Indian Medical Review
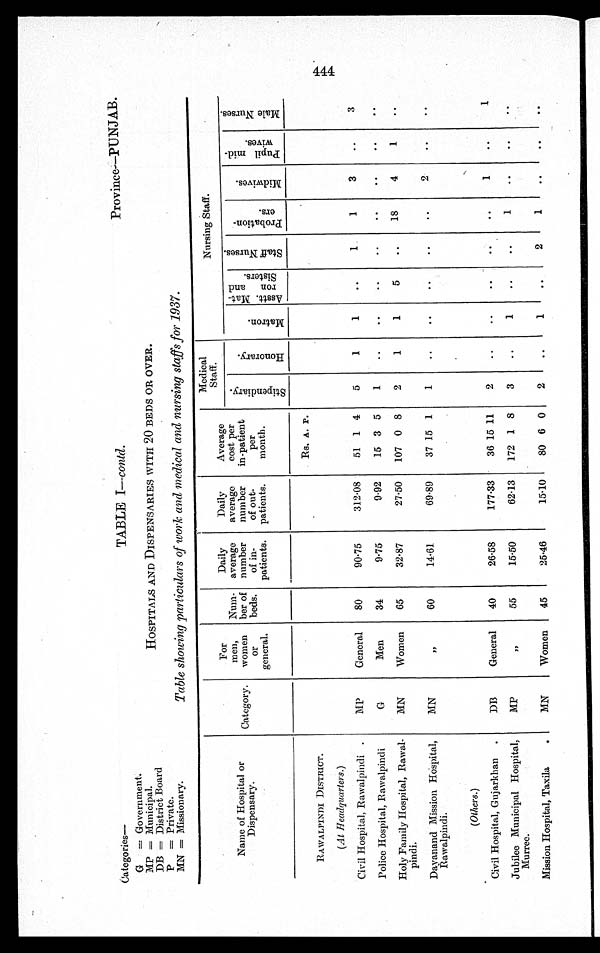
Province—PUNJAB.
Categories
—
G = Government.
MP = Municipal.
DB = District Board
P = Private.
MN = Missionary.
TABLE I—contd .
HOSPITALS AN.D DISPENSARIES WITH 20 BEDS OR OVER.
Table showing particulars of work and medical and nursing staffs for 1937.
Name of Hospital or
Dispensary.
Category.
For
men,
women
or
general.
Num-
ber of
beds.
Daily
average
number
of in-
patients.
Daily
average
number
of out-
patients.
Average
cost per
in-patient
per
month.
Medical
Staff.
Nursing Staff.
S t i p e n d i a r y .
H o n o r a r y .
M a t r o n .
A s s t . M a t - r o n a n d S i s t e r s .
S t a f f N u r s e s .
P r o b a t i o n - e r s .
M i d w i v e s .
P u p i l m i d - w i v e s .
M a l e N u r s e s .
RAWALPINDI DISTRICT.
Rs. A. P.
(At Headquarters .)
Civil Hospital, Rawalpindi
MP
General
80
90.75
312.08
51 1 4
5
1
1
..
1
1
3
..
3
Police Hospital, Rawalpindi
G
Men
34
9.75
9.92
15 3 5
1
..
..
..
. .
. .
. .
. .
. .
Holy Family Hospital, Rawal-
pindi.
MN
Women
65
32.87
27.50
107 0 8
2
1
1
5
..
18
4
1
..
Dayanand Mission Hospital,
Rawalpindi.
MN
"
60
14.61
69.89
37 15 1
1
..
..
..
. .
. .
2
. .
. .
(Others. )
Civil Hospital, Gujarkhan
DB
General
40
26.58
177.33
36 15 11
2
..
..
..
. .
..
1
..
1
Jubilee Municipal Hospital,
Murree.
MP
"
55
15.50
62.13
172 1 8
3
..
1
..
..
1
. .
. .
. .
Mission Hospital, Taxila
MN
Women
45
25.46
15.10
80 6 0
2
..
1
..
2
1
. .
. .
. .